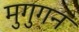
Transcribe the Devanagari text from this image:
मुगुगन